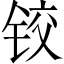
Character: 铰